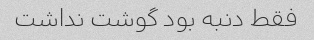
فقط دنبه بود گوشت نداشت